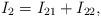
LaTeX: \begin{align*}I_2 = I_{21} + I_{22},\end{align*}